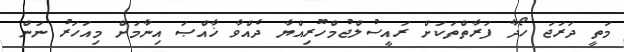
މަތީ ދަރަޖަ ހޯދާ ފަރާތްތަކަށް ރައީސުލްޖުމްހޫރިއްޔާ ދެއްވާ ޚާއްޞަ އިނާމަށް މިއަހަރު ނަން